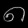
Digit: ၈